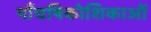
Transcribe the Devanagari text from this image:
पाँचषिकोशिकाओं